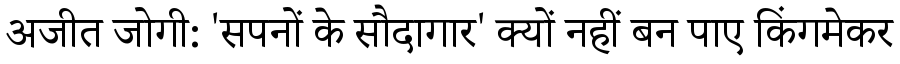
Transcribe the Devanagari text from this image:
अजीत जोगी: 'सपनों के सौदागार' क्यों नहीं बन पाए किंगमेकर